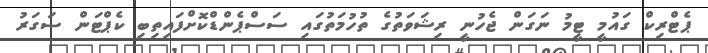
ޕެޓްރިކް ގައުމީ ޓީމު ނަގަން ޖެހުނީ ރިޝަވަތުގެ ތުހުމަތުގައި ސަސްޕެންޑްކޮށްފައިތިބި ކެޕްޓަން ސަގަރު